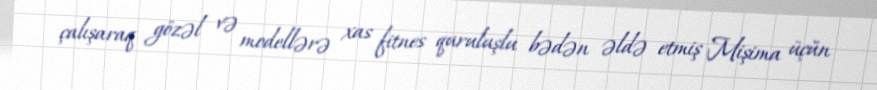
çalışaraq gözəl və modellərə xas fitnes quruluşlu bədən əldə etmiş Mişima üçün